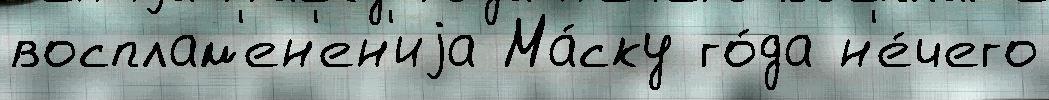
восплам'ен'ен'иjа Ма́ску го́да н'е́чего